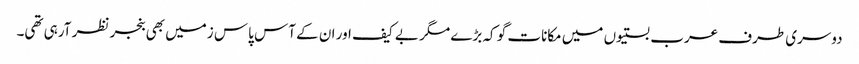
دوسری طرف عرب بستیوں میں مکانات گو کہ بڑے مگر بے کیف اور ان کے آس پاس زمیں بھی بنجر نظر آرہی تھی۔